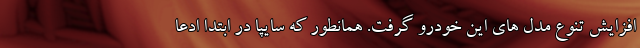
افزایش تنوع مدل های این خودرو گرفت. همانطور که سایپا در ابتدا ادعا